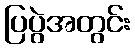
ပြပွဲအတွင်း